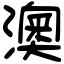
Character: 澳